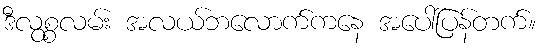
ဒီလွစ္စလမ်း အလယ်ဘလောက်ကနေ အပေါ်ပြန်တက်။